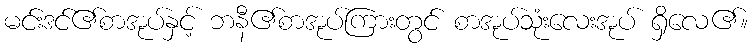
မင်းဒင်၏စာအုပ်နှင့် ဘနီ၏စာအုပ်ကြားတွင် စာအုပ်သုံးလေးအုပ် ရှိလေ၏။